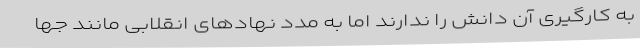
به کارگیری آن دانش را ندارند اما به مدد نهادهای انقلابی مانند جها